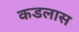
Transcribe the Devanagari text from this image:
कडलास